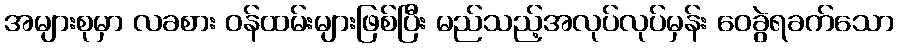
အများစုမှာ လခစား ဝန်ထမ်းများဖြစ်ပြီး မည်သည့်အလုပ်လုပ်မှန်း ဝေခွဲရခက်သော